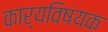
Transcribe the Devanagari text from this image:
कार्यविषयक